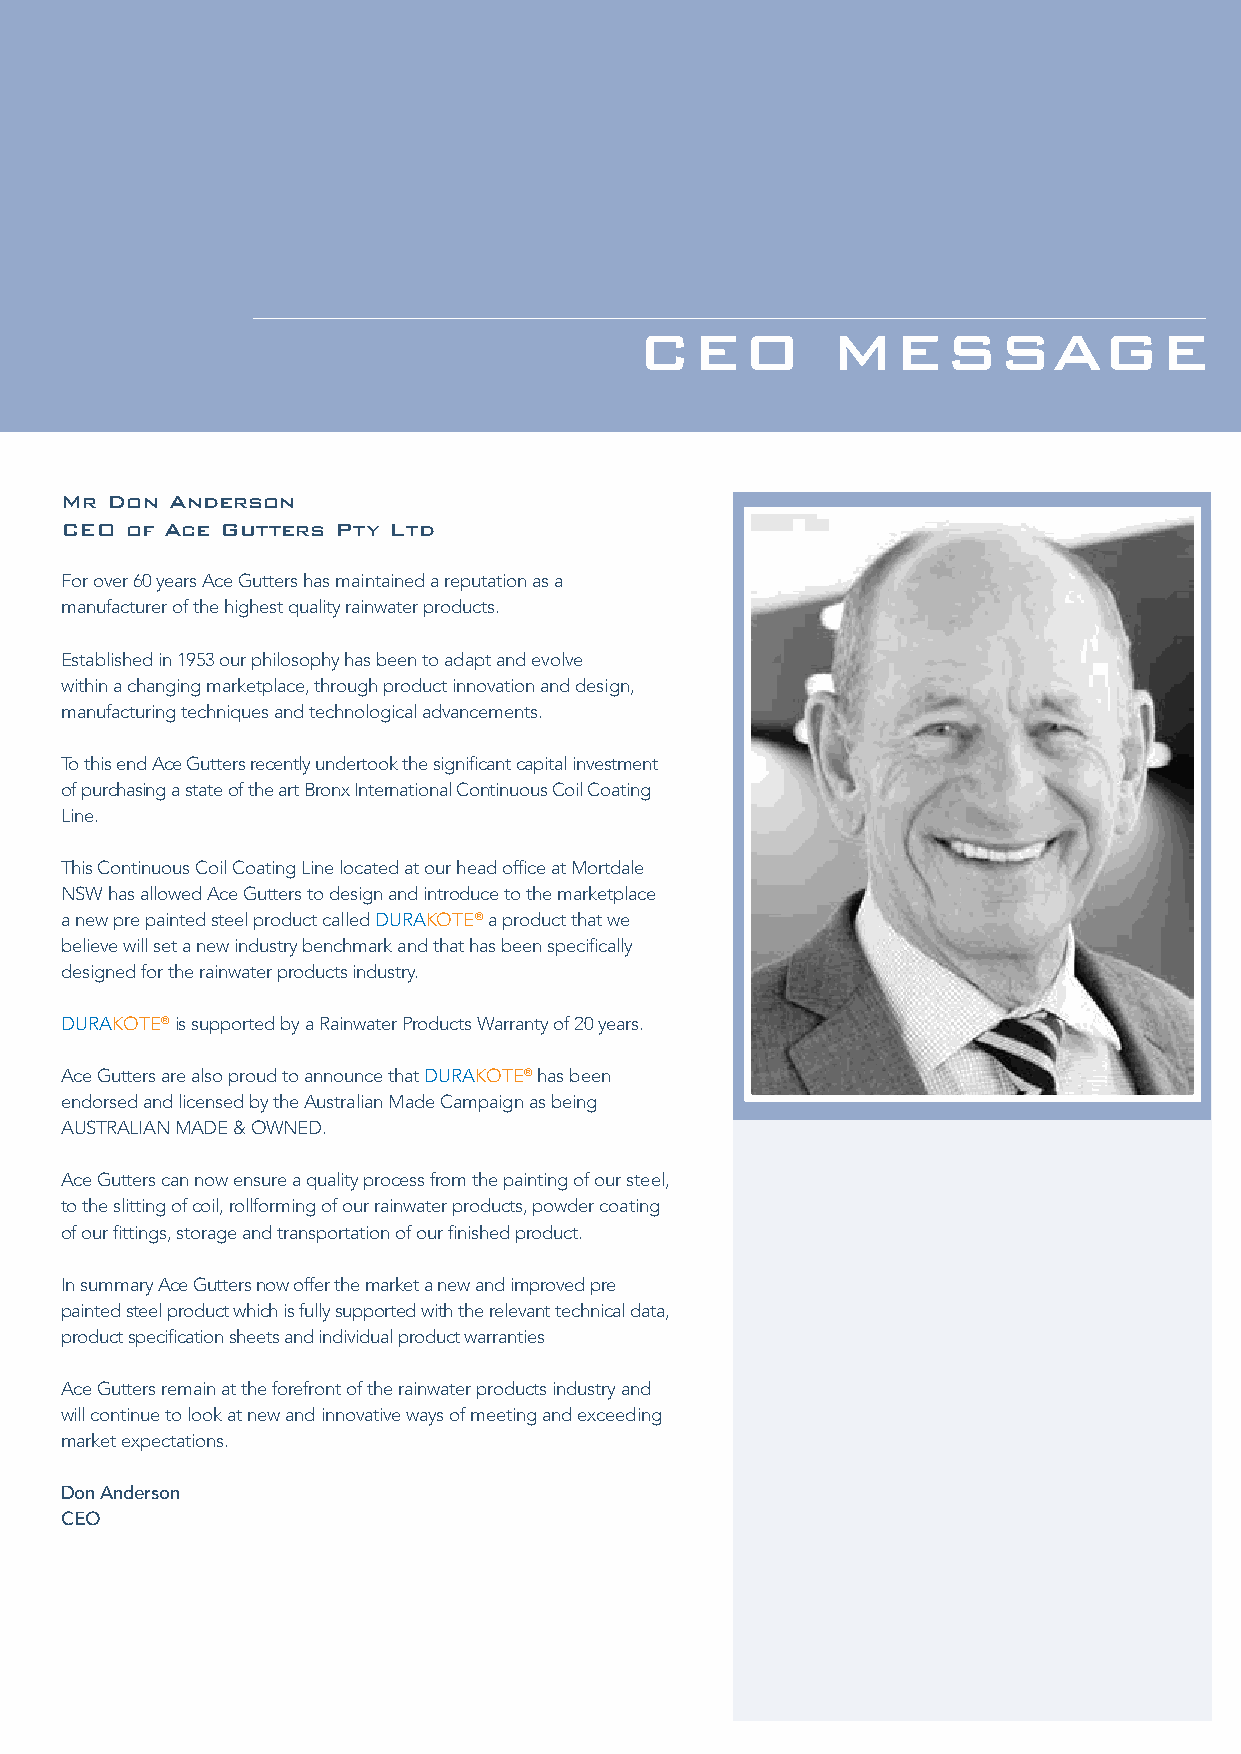
2                                                                              3
 CEO          MESSAGE
 Mr Don Anderson
 CEO of Ace Gutters Pty Ltd
 For over 60 years Ace Gutters has maintained a reputation as a
 manufacturer of the highest quality rainwater products.
 Established in 1953 our philosophy has been to adapt and evolve
 within a changing marketplace, through product innovation and design,
 manufacturing techniques and technological advancements.
 To this end Ace Gutters recently undertook the significant capital investment
 of purchasing a state of the art Bronx International Continuous Coil Coating
 Line.
 This Continuous Coil Coating Line located at our head office at Mortdale
 NSW has allowed Ace Gutters to design and introduce to the marketplace
 a new pre painted steel product called DURAKOTE® a product that we
 believe will set a new industry benchmark and that has been specifically
 designed for the rainwater products industry.
 DURAKOTE® is supported by a Rainwater Products Warranty of 20 years.
 Ace Gutters are also proud to announce that DURAKOTE® has been
 endorsed and licensed by the Australian Made Campaign as being
 AUSTRALIAN MADE & OWNED.
 Ace Gutters can now ensure a quality process from the painting of our steel,
 to the slitting of coil, rollforming of our rainwater products, powder coating
 of our fittings, storage and transportation of our finished product.
 In summary Ace Gutters now offer the market a new and improved pre
 painted steel product which is fully supported with the relevant technical data,
 product specification sheets and individual product warranties
 Ace Gutters remain at the forefront of the rainwater products industry and
 will continue to look at new and innovative ways of meeting and exceeding
 market expectations.
 Don Anderson
 CEO